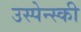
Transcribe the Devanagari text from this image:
उस्पेन्स्की